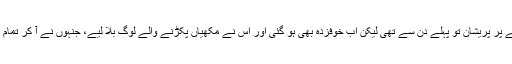
کیرل اس معاملے پر پریشان تو پہلے دن سے تھی لیکن اب خوفزدہ بھی ہو گئی اور اس نے مکھیاں پکڑنے والے لوگ بلا لیے، جنہوں نے آ کر تمام مکھیاں پکڑ لیں۔